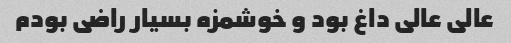
عالی عالی داغ بود و خوشمزه بسیار راضی بودم